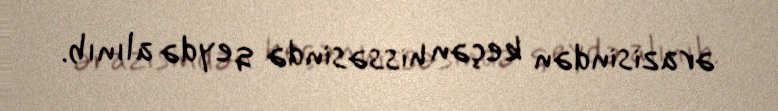
ərazisindən keçən hissəsində qeydə alınıb.